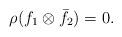
LaTeX: \begin{align*} \rho(f_1\otimes \bar f_2)=0. \end{align*}